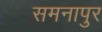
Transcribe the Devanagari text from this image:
समनापुर